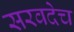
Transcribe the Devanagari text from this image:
सरवदेच